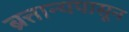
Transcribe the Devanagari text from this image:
ब्रत्तान्यपासून